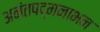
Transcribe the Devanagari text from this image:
अनंतपद्मनाभन